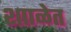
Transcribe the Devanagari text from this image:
शााळेत